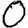
Digit: 0